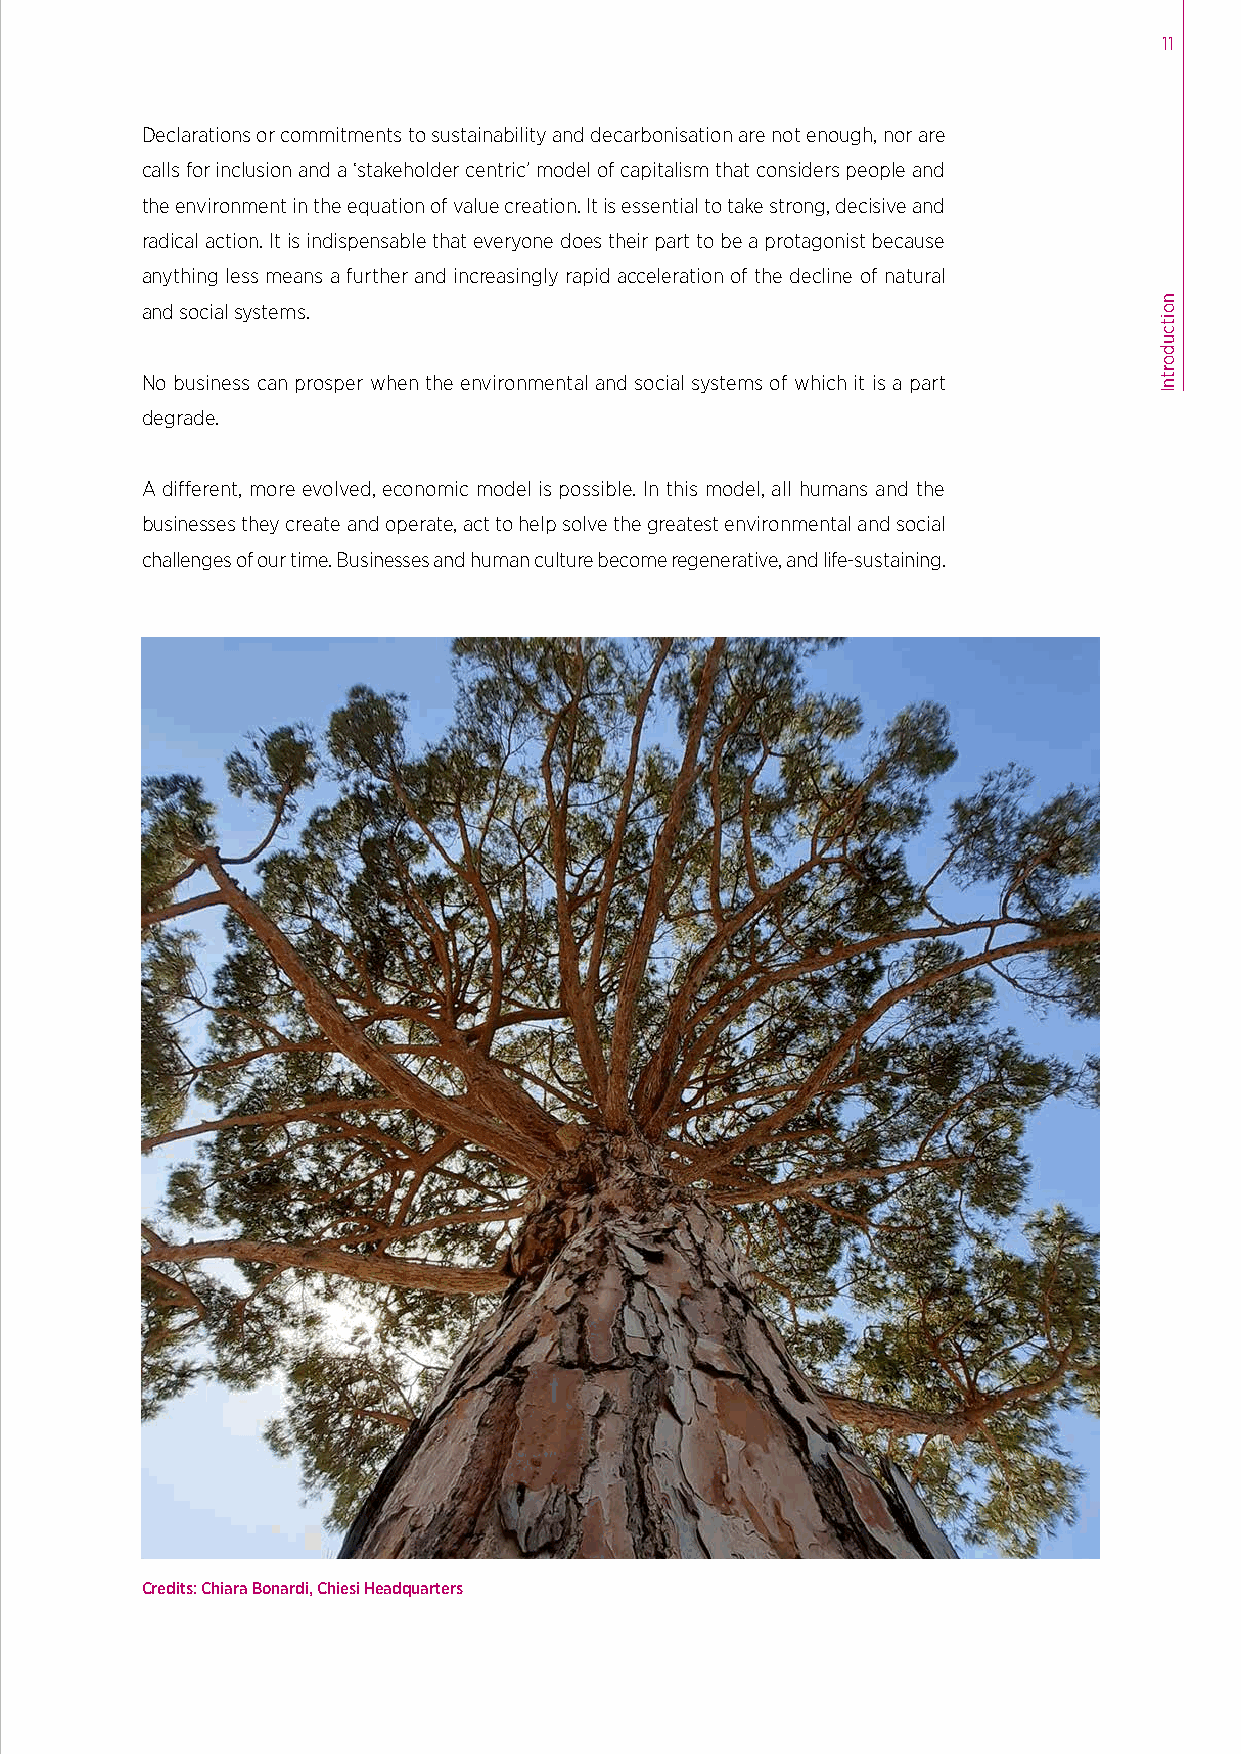
11
 Declarations or commitments to sustainability and decarbonisation are not enough, nor are
 calls for inclusion and a ‘stakeholder centric’ model of capitalism that considers people and
 the environment in the equation of value creation. It is essential to take strong, decisive and
 radical action. It is indispensable that everyone does their part to be a protagonist because
 anything less means a further and increasingly rapid acceleration of the decline of natural
 and social systems.
 No business can prosper when the environmental and social systems of which it is a part
 degrade.
 A different, more evolved, economic model is possible. In this model, all humans and the
 businesses they create and operate, act to help solve the greatest environmental and social
 challenges of our time. Businesses and human culture become regenerative, and life-sustaining.
 Credits: Chiara Bonardi, Chiesi Headquarters
 noitcudortnI